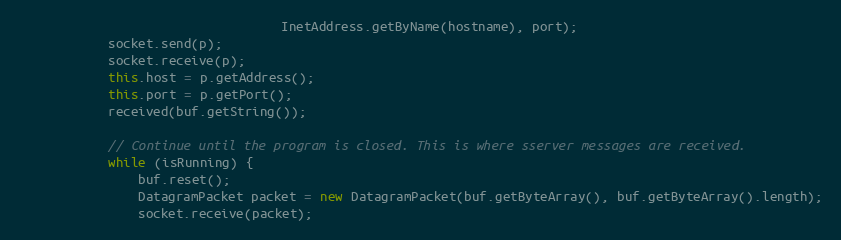
Language: Java
                                   InetAddress.getByName(hostname), port);
            socket.send(p);
            socket.receive(p);
            this.host = p.getAddress();
            this.port = p.getPort();
            received(buf.getString());

            // Continue until the program is closed. This is where sserver messages are received.
            while (isRunning) {
                buf.reset();
                DatagramPacket packet = new DatagramPacket(buf.getByteArray(), buf.getByteArray().length);
                socket.receive(packet);